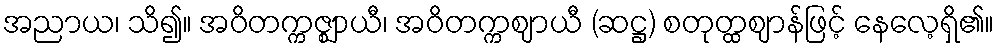
အညာယ၊ သိ၍။ အဝိတက္ကဇ္ဈာယီ၊ အဝိတက္ကဈာယီ (ဆဋ္ဌ) စတုတ္ထဈာန်ဖြင့် နေလေ့ရှိ၏။